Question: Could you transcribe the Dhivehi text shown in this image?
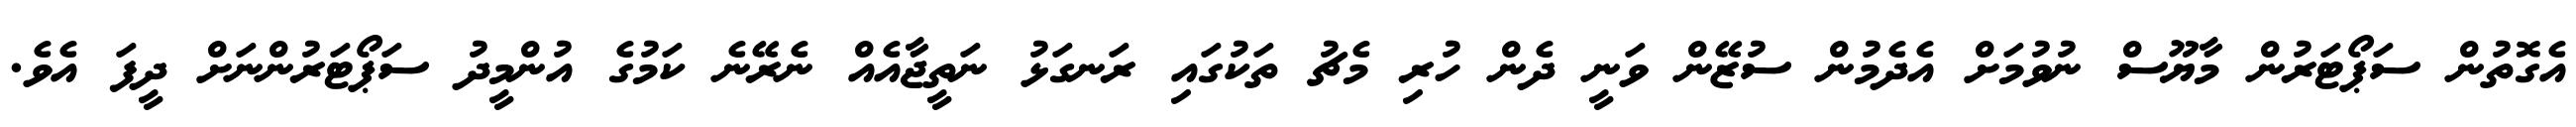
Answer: އެގޮތުން ސަޕޯޓަރުން މާޔޫސް ނުވުމަށް އެދެމުން ސުޒޭން ވަނީ ދެން ހުރި މެޗު ތަކުގައި ރަނގަޅު ނަތީޖާއެއް ނެރޭނެ ކަމުގެ އުންމީދު ސަޕޯޓަރުންނަށް ދީފަ އެވެ.